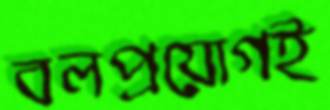
বলপ্রয়োগই